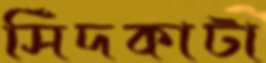
সিঁদকাটা